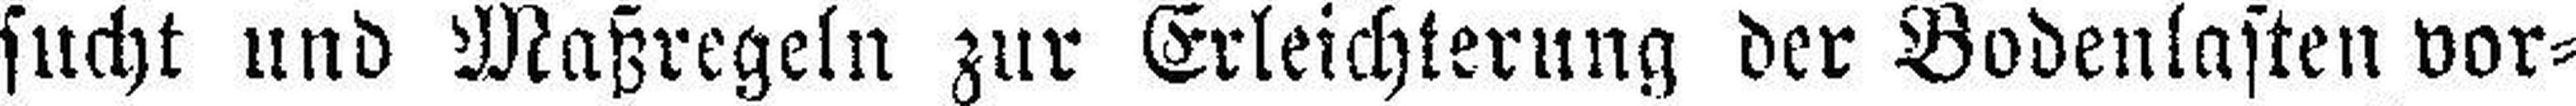
sucht und Maßregeln zur Erleichterung der Bodenlasten vor¬